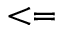
< =